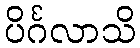
ပိင်္ဂလာသိ